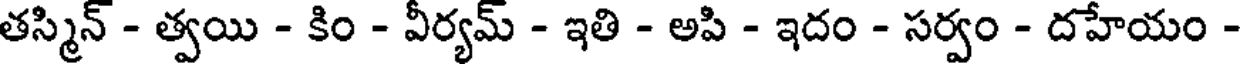
తస్మిన్ - త్వయి - కిం - వీర్యమ్ - ఇతి - అపి - ఇదం - సర్వం - దహేయం -